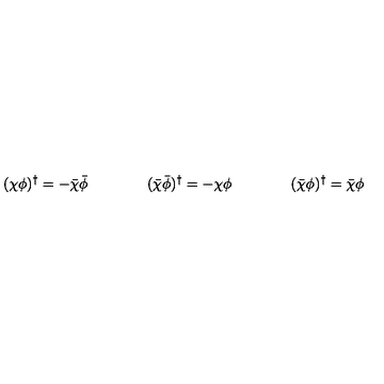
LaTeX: ( \chi \phi ) ^ { \dagger } = - \bar { \chi } \bar { \phi } \qquad \qquad ( \bar { \chi } \bar { \phi } ) ^ { \dagger } = - \chi \phi \qquad \qquad ( \bar { \chi } \phi ) ^ { \dagger } = \bar { \chi } \phi